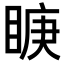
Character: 𭾿